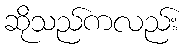
ဆိုသည်ကလည်း